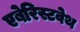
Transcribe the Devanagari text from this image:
एबेरिस्टवेथ